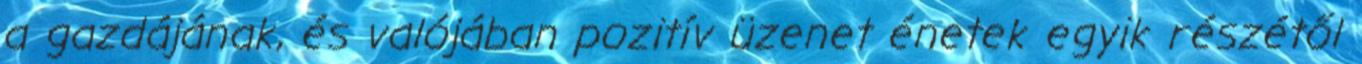
a gazdájának, és valójában pozitív üzenet énetek egyik részétől